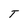
Character: T